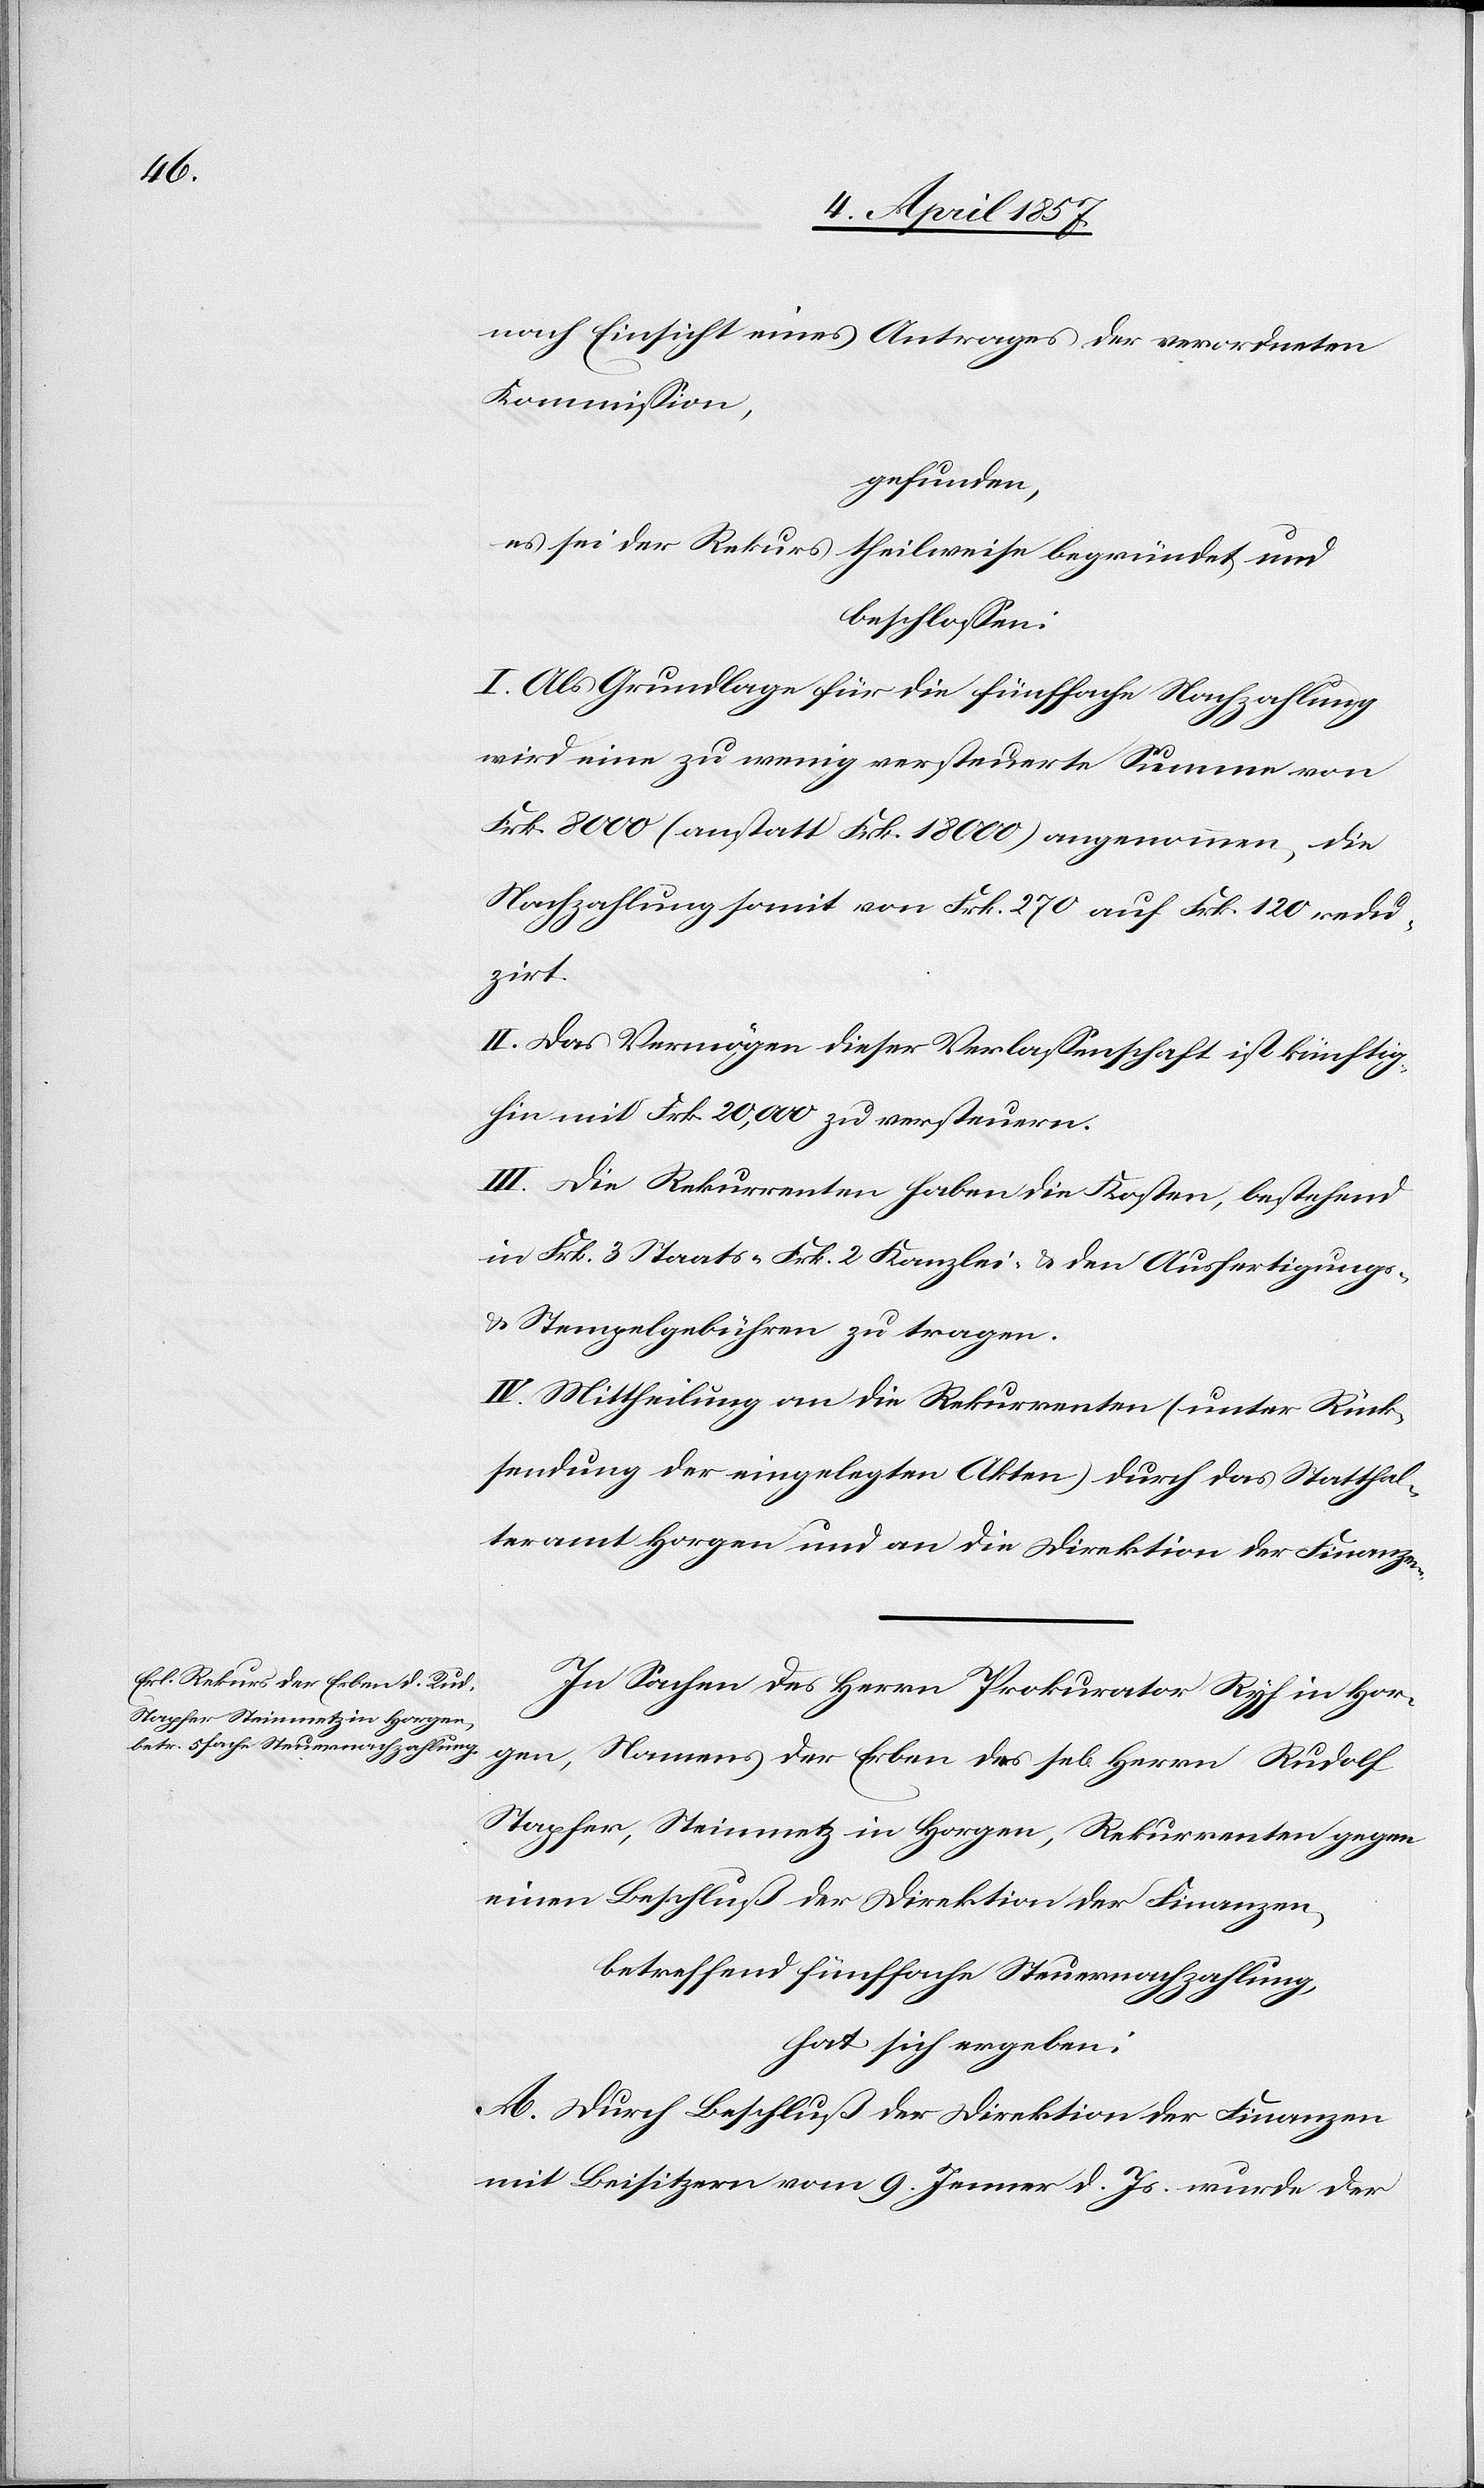
nach Einsicht eines Antrages der verordneten
Kommission,
gefunden,
es sei der Rekurs theilweise begründet und
beschlossen:
I. Als Grundlage für die fünffache Nachzahlung
wird eine zu wenig versteuerte Summe von
Frk. 8000 (anstatt Frk. 18 000) angenommen, die
Nachzahlung somit von Frk. 270 auf Frk. 120 redu¬
zirt.
II. Das Vermögen dieser Verlassenschaft ist künftig¬
hin mit Frk. 20,000 zu versteuern.
III. Die Rekurrenten haben die Kosten, bestehend
in Frk. 3 Staats-[,] Frk. 2 Kanzlei- & den Ausfertigungs-
& Stempelgebühren zu tragen.
IV. Mittheilung an die Rekurrenten (unter Rück¬
sendung der eingelegten Akten) durch das Statthal¬
teramt Horgen und an die Direktion der Finanzen.
In Sachen des Herrn Prokurator Ryf in Hor¬
gen, Namens der Erben des se[ligen] Herrn Rudolf
Stapfer, Steinmetz in Horgen, Rekurrenten gegen
einen Beschluß der Direktion der Finanzen,
betreffend fünffache Steuernachzahlung,
hat sich ergeben:
A. Mit Beschluß der Direktion der Finanzen
mit Beisitzern vom 9. Jenner d. Js. wurde der